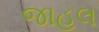
જાહલ